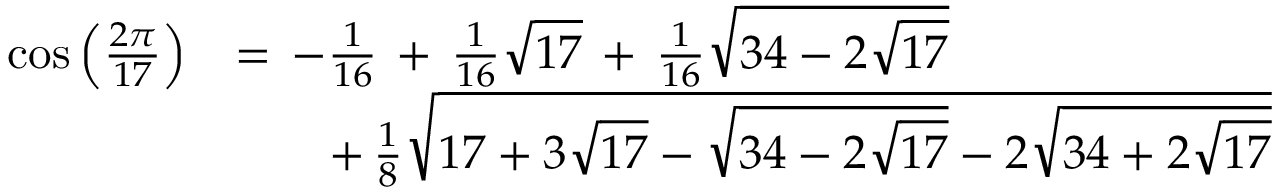
{ \begin{array} { r l } { \cos { \left( { \frac { 2 \pi } { 1 7 } } \right) } } & { = \, - { \frac { 1 } { 1 6 } } \, + \, { \frac { 1 } { 1 6 } } { \sqrt { 1 7 } } \, + \, { \frac { 1 } { 1 6 } } { \sqrt { 3 4 - 2 { \sqrt { 1 7 } } } } } \\ & { \qquad + \, { \frac { 1 } { 8 } } { \sqrt { 1 7 + 3 { \sqrt { 1 7 } } - { \sqrt { 3 4 - 2 { \sqrt { 1 7 } } } } - 2 { \sqrt { 3 4 + 2 { \sqrt { 1 7 } } } } } } } \end{array} }